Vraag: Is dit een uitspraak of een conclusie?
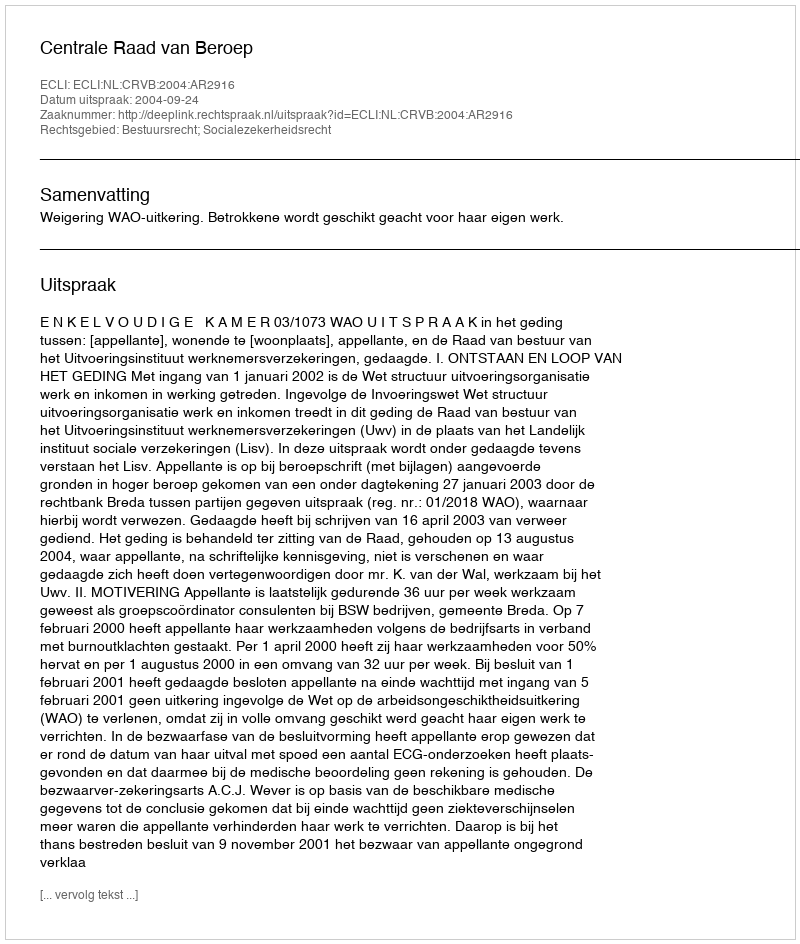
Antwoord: Uitspraak